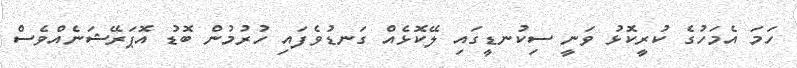
ހަމަ އެމަހުގެ ކުރީކޮޅު ވަނީ ސިކުނޑީގައި ލޭކޮޅެއް ގަނޑުވެފައި ހުރުމުން ބޮޑު އޮޕަރޭޝަނެއްވެސް